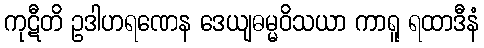
ကုဋီတိ ဥဒါဟရဏေန ဒေယျဓမ္မဝိသယာ ကာရူ ရထာဒီနံ